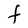
Character: F